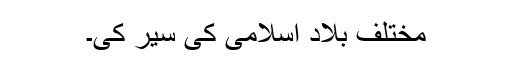
مختلف بلادِ اسلامی کی سیر کی۔